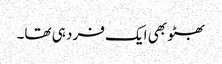
بھٹو بھی ایک فرد ہی تھا۔